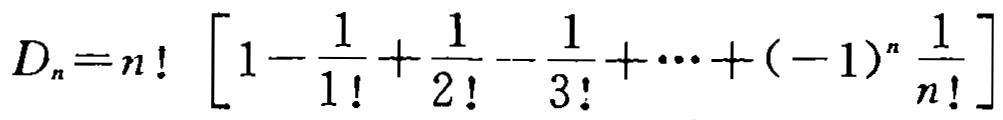
\(D_{n}=n!\left[1 - \frac{1}{1!}+\frac{1}{2!}-\frac{1}{3!}+\cdots+(-1)^{n}\frac{1}{n!}\right]\)